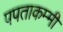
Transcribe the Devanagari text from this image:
पपताकम्मी